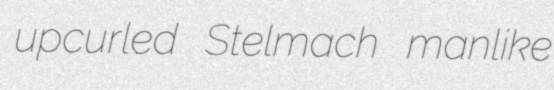
upcurled Stelmach manlike